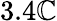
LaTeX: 3.4\mathbb{C}